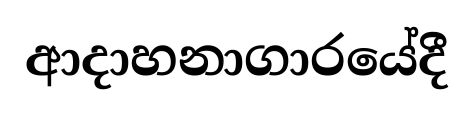
ආදාහනාගාරයේදී